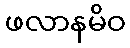
ဖလာနမိဝ